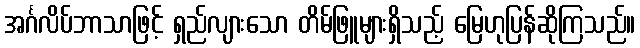
အင်္ဂလိပ်ဘာသာဖြင့် ရှည်လျားသော တိမ်ဖြူများရှိသည့် မြေဟုပြန်ဆိုကြသည်။